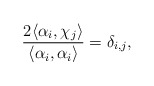
\begin{align*} \frac{2\langle\alpha_i,\chi_j\rangle}{\langle\alpha_i,\alpha_i\rangle}=\delta_{i,j},\end{align*}